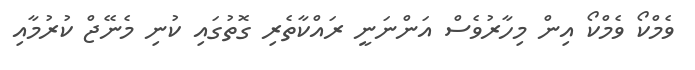
ވެމްކޯ ވެމްކޯ އިން މިހާރުވެސް އަންނަނީ ރައްކާތެރި ގޮތުގައި ކުނި މެނޭޖް ކުރުމާއި